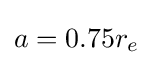
a=0.75r_{e}